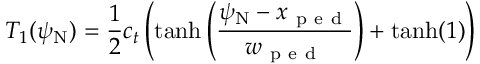
T _ { 1 } ( \psi _ { \mathrm { N } } ) = \frac { 1 } { 2 } c _ { t } \left( \operatorname { t a n h } \left( \frac { \psi _ { \mathrm { N } } - x _ { \mathrm { ~ p ~ e ~ d ~ } } } { w _ { \mathrm { ~ p ~ e ~ d ~ } } } \right) + \operatorname { t a n h } ( 1 ) \right)